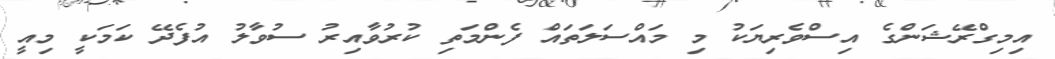
އިމިގްރޭޝަންގެ އިސްވެރިޔަކު މި މައްސަލަތައް ފެންމަތި ކުރުވާއިރު ސުވާލު އުފެދޭ ކަމަކީ މިއީ